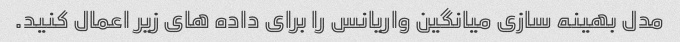
مدل بهینه سازی میانگین واریانس را برای داده های زیر اعمال کنید.